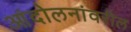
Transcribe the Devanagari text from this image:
आंदोलनांवरील